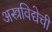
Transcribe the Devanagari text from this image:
अस्त्रविद्येची